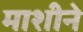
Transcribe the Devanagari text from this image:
माशीने